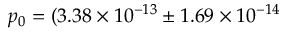
p _ { 0 } = ( 3 . 3 8 \times 1 0 ^ { - 1 3 } \pm 1 . 6 9 \times 1 0 ^ { - 1 4 }